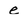
Character: e